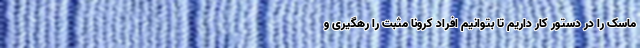
ماسک را در دستور کار داریم تا بتوانیم افراد کرونا مثبت را رهگیری و